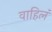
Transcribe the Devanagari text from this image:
वाहिलं